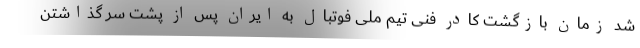
شد زمان بازگشت کادر فنی تیم ملی فوتبال به ایران پس از پشت سر گذاشتن